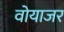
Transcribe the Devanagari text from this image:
वोयाजर